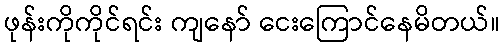
ဖုန်းကိုကိုင်ရင်း ကျနော် ငေးကြောင်နေမိတယ်။